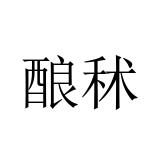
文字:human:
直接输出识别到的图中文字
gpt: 酿秫